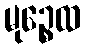
မုဉ္စေထ